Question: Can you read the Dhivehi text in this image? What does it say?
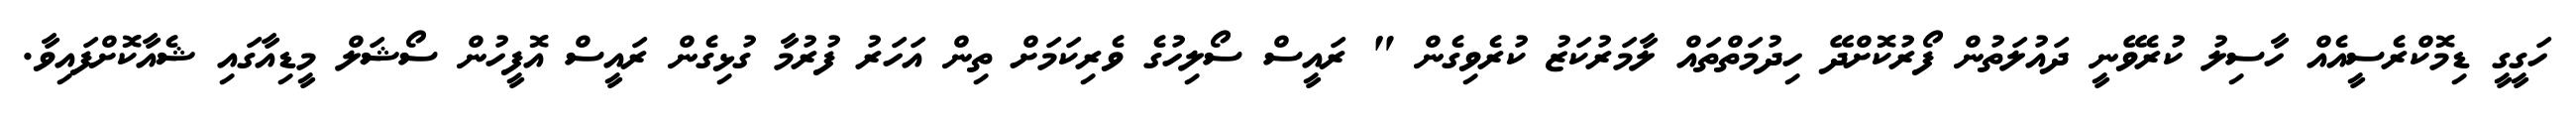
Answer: ހަގީގީ ޑިމޮކްރެސީއެއް ހާސިލު ކުރެވޭނީ ދައުލަތުން ފޯރުކޮށްދޭ ހިދުމަތްތައް ލާމަރުކަޒު ކުރެވިގެން " ރައީސް ސޯލިހުގެ ވެރިކަމަށް ތިން އަހަރު ފުރުމާ ގުޅިގެން ރައީސް އޮފީހުން ސޯޝަލް މީޑިއާގައި ޝެއާކޮށްފައިވާ.